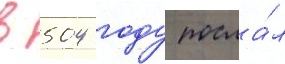
в 504 году посла́л